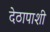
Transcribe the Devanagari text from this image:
देठापाशी